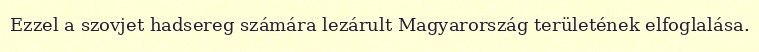
Ezzel a szovjet hadsereg számára lezárult Magyarország területének elfoglalása.